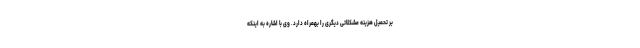
بر تحمیل هزینه مشکلاتی دیگری را بهمراه دارد. وی با اشاره به اینکه